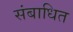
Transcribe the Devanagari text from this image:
संबाधित